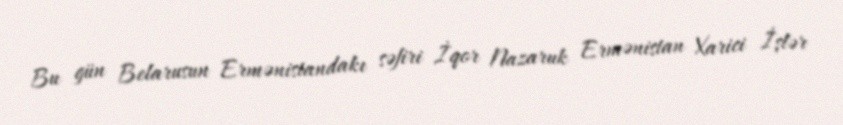
Bu gün Belarusun Ermənistandakı səfiri İqor Nazaruk Ermənistan Xarici İşlər